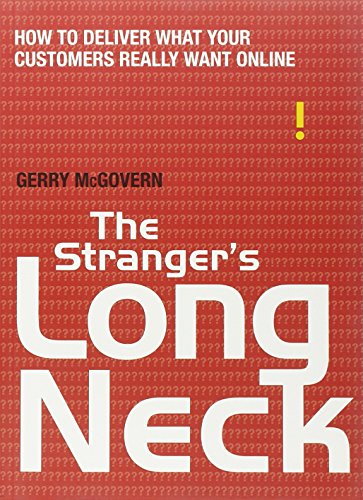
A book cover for The Stranger's Long Neck: How to Deliver What Your Customers Really Want Online; Gerry McGovern; Computers & Technology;